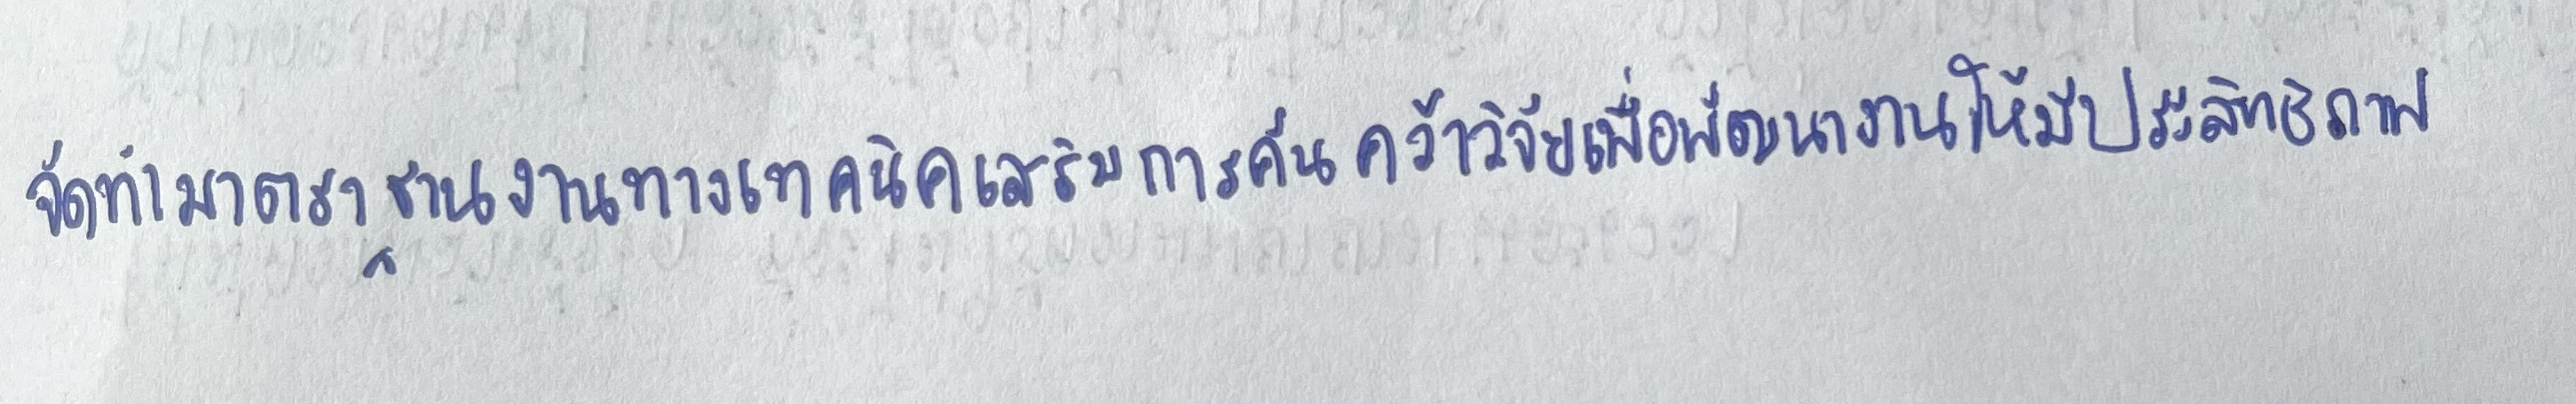
จัดทำมาตรฐานงานทางเทคนิคเสริมการค้นคว้าวิจัยเพื่อพัฒนางานให้มีประสิทธิภาพ